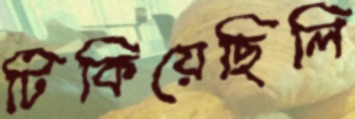
টিকিয়েছিলি